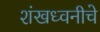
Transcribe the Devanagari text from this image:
शंखध्वनीचे